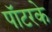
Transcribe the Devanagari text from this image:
पॉटरके